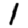
Digit: 1